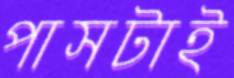
পাসটাই